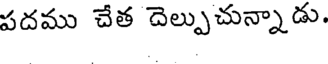
పదము చేత దెల్పుచున్నాడు.